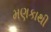
મણકાથી